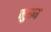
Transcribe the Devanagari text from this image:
नुख्य